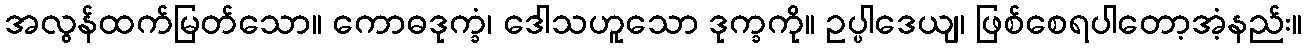
အလွန်ထက်မြတ်သော။ ကောဓဒုက္ခံ၊ ဒေါသဟူသော ဒုက္ခကို။ ဥပ္ပါဒေယျ၊ ဖြစ်စေရပါတော့အံ့နည်း။